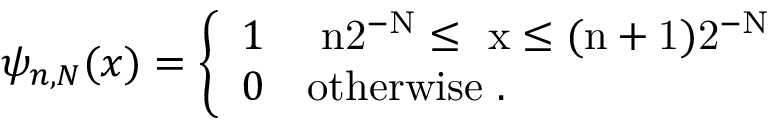
\psi _ { n , N } ( x ) = \left\{ \begin{array} { l l } { { 1 } } & { { \mathrm { ~ n 2 ^ { - N } \leq ~ x \leq ( n + 1 ) 2 ^ { - N } ~ } } } \\ { { 0 } } & { { \mathrm { o t h e r w i s e ~ . } } } \end{array} \right.